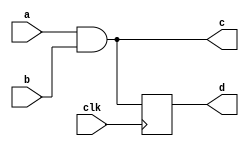

module abc(input a, input b, input clk, output c, output reg d);

assign c = a & b;

always @(posedge clk)
    d <= c;
endmodule